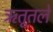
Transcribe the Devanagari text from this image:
ऋतूतले